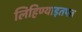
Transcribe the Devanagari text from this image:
लिहिण्याइतपत